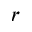
r